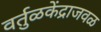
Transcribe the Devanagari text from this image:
वर्तुळकेंद्राजवळ